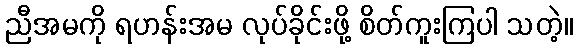
ညီအမကို ရဟန်းအမ လုပ်ခိုင်းဖို့ စိတ်ကူးကြပါ သတဲ့။